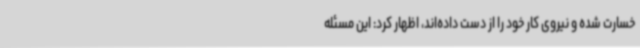
خسارت شده و نیروی کار خود را از دست داده‌اند، اظهار کرد: این مسئله